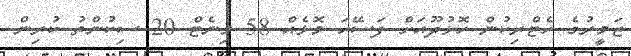
ޒަމީރުގެ ހެޓްރިކުން ހޮޅުދޫއަށް ފަސޭހަ މޮޅެއް 58 މިނެޓް 20 ސިކުންތު ކުރިން.